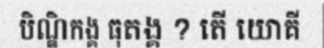
បិណ្ឌិកង្គ ធុតង្គ ? តើ យោគី